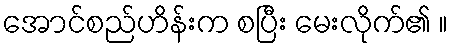
အောင်စည်ဟိန်းက စပြီး မေးလိုက်၏ ။